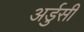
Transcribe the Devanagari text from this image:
अर्डुसी